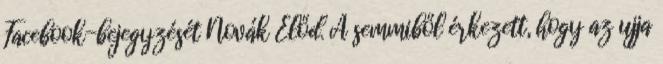
Facebook-bejegyzését Novák Előd. A semmiből érkezett, hogy az ujja